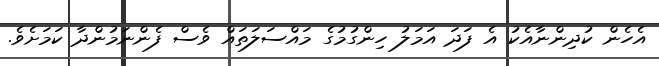
އެހެން ކުދިންނާއެކު އެ ފަދަ އަމަލު ހިންގުމުގެ މައްސަލަތައް ވެސް ފެންނަމުންދާ ކަމަށެވެ.